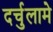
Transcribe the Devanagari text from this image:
दर्चुलामे